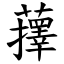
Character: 蘀